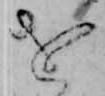
を